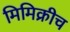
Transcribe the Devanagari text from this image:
मिमिक्रीच